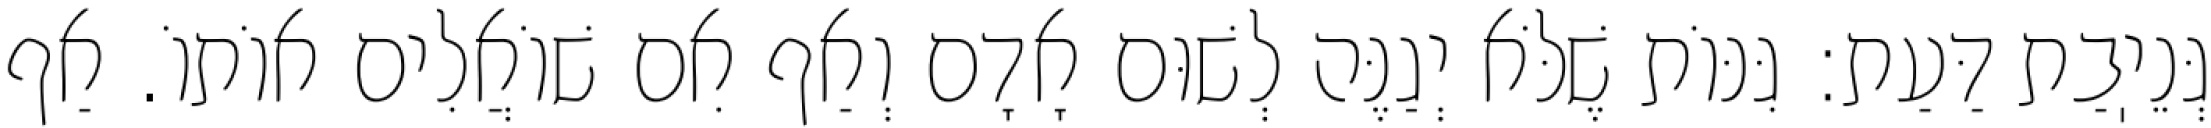
גְּנֵיֽבַת דַּעַת: גִּנּוֹת שֶׁלֹּא יְגַנֶּה לְשׁוּם אָדָם וְאַף אִם שׁוֹאֲלִים אוֹתוֹ. אַף